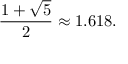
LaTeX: { \frac { 1 + { \sqrt { 5 } } } { 2 } } \approx 1 . 6 1 8 .